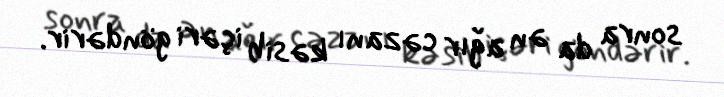
sonra da ən ağır cəzanı kəsib içəri göndərir.